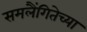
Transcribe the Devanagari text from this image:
समलैंगितेच्या